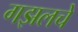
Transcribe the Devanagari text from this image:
गझलचे